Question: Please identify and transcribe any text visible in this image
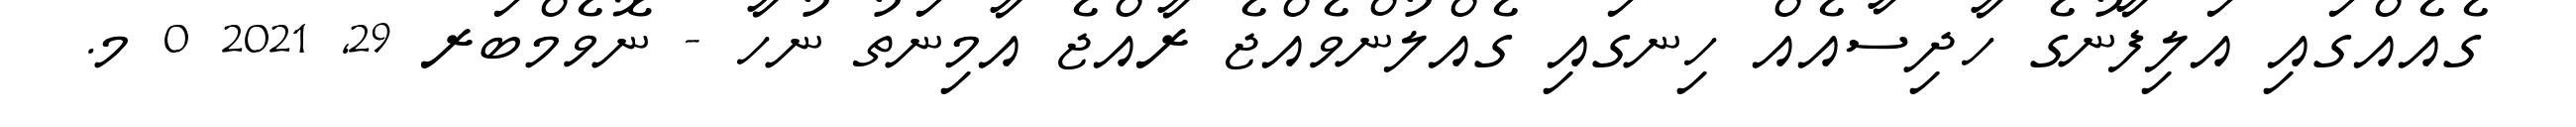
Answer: ގެއެއްގައި އަލިފާނުގެ ހާދިސާއެއް ހިނގައި ގެއްލުންވެއްޖެ ރާއްޖެ އާމިނަތު ނުހާ - ނޮވެމްބަރ 29, 2021 0 މ.